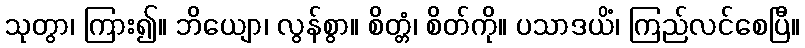
သုတွာ၊ ကြား၍။ ဘိယျော၊ လွန်စွာ။ စိတ္တံ၊ စိတ်ကို။ ပသာဒယိံ၊ ကြည်လင်စေပြီ။